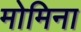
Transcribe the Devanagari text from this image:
मोमिना